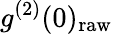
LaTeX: g^{(2)}(0)_{\mathrm{raw}}